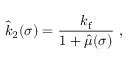
\hat { k } _ { 2 } ( \sigma ) = \frac { k _ { \mathrm { f } } } { 1 + \hat { \mu } ( \sigma ) } \ ,